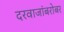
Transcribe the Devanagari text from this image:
दरवाजांबरोबर